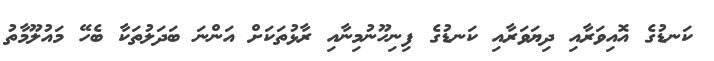
ކަނޑުގެ އޮއިވަރާއި ދިޔަވަރާއި ކަނޑުގެ ފިނިހޫނުމިނާއި ރާޅުތަކަށް އަންނަ ބަދަލުތަކާ ބެހޭ މައުލޫމާތު